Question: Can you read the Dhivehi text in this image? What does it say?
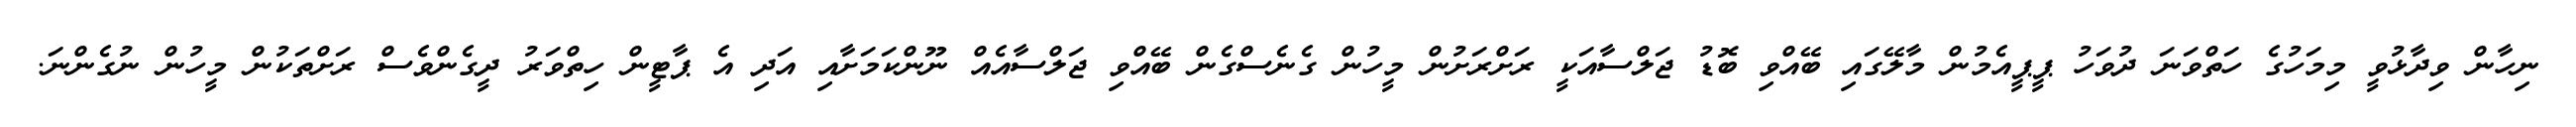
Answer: ނިހާން ވިދާޅުވީ މިމަހުގެ ހަތްވަނަ ދުވަހު ޕީޕީއެމުން މާލޭގައި ބޭއްވި ބޮޑު ޖަލްސާއަކީ ރަށްރަށުން މީހުން ގެނެސްގެން ބޭއްވި ޖަލްސާއެއް ނޫންކަމަށާއި އަދި އެ ޕާޓީން ހިތްވަރު ދީގެންވެސް ރަށްތަކުން މީހުން ނުގެންނަ.